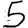
Digit: 5